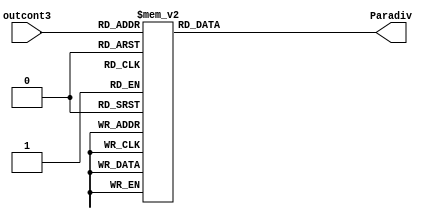
`timescale 1ns / 1ps
//////////////////////////////////////////////////////////////////////////////////
// Company: 
// Engineer: 
// 
// Design Name: 
// Module Name:    Deco_Control_fre 
// Project Name: 
// Target Devices: 
// Tool versions: 
// Description: 
//
// Dependencies: 
//
// Revision: 
// Revision 0.01 - File Created
// Additional Comments: 
//
//////////////////////////////////////////////////////////////////////////////////
module Deco_Control_fre(
    input wire [2:0] outcont3,
    output wire [6:0] Paradiv
    );
	 
   reg [6:0] salida;
	
	
	
   always @*
				case (outcont3)
					3'b000  : salida = 7'b0101001;// Cuenta a efectuar 41
					3'b001  : salida = 7'b0011001;//25 
					3'b010  : salida = 7'b0010000;//16
					3'b011  : salida = 7'b0001100;// 12
					3'b100  : salida = 7'b0001010;//10
					3'b101  : salida = 7'b0001000;//8
					3'b110  : salida = 7'b0000111;//7
					3'b111  : salida = 7'b0000110;//6
					default : salida = 7'b0000000;
				endcase
				
	
			
	assign Paradiv=salida;
	
endmodule